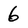
Character: 6